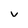
Character: v